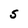
Character: S